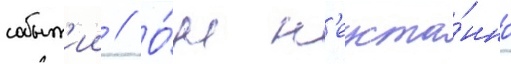
событ'ии // О́н н'еуста́нно